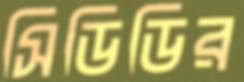
সিডিডির